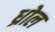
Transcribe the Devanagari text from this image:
ध्रोल